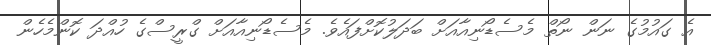
އެ ގައުމުގެ ނަން ނޯތް މެސެޑޯނިއާއަށް ބަދަލުކޮށްފައެވެ. މެސެޑޯނިއާއަށް ގްރީސްގެ ހުއްދަ ކޮންމެހެން